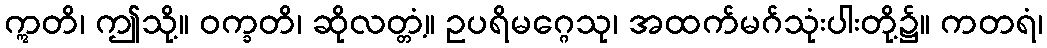
ဣတိ၊ ဤသို့။ ဝက္ခတိ၊ ဆိုလတ္တံ့။ ဥပရိမဂ္ဂေသု၊ အထက်မဂ်သုံးပါးတို့၌။ ကတရံ၊